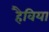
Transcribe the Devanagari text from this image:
हैविया